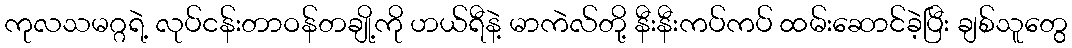
ကုလသမဂ္ဂရဲ့ လုပ်ငန်းတာဝန်တချို့ကို ဟယ်ရီနဲ့ မာကဲလ်တို့ နီးနီးကပ်ကပ် ထမ်းဆောင်ခဲ့ပြီး ချစ်သူတွေ